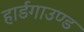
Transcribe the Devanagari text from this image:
हार्डगाउण्ड